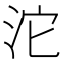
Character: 沱